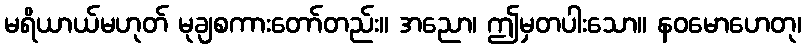
မရိယာယ်မဟုတ် မုချစကားတော်တည်း။ အညော၊ ဤမှတပါးသော။ နဝမောဟေတု၊